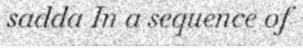
sadda In a sequence of